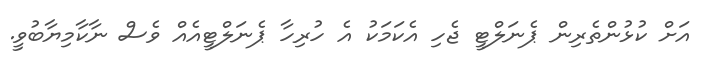
އަށް ކުޅުންތެރިން ޕެނަލްޓީ ޖެހި އެކަމަކު އެ ހުރިހާ ޕެނަލްޓީއެއް ވެސް ނާކާމިޔާބުވީ.